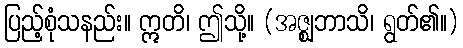
ပြည့်စုံသနည်း။ ဣတိ၊ ဤသို့။ (အဇ္ဈဘာသိ၊ ရွတ်၏။)